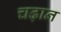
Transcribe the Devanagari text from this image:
चढ़ान